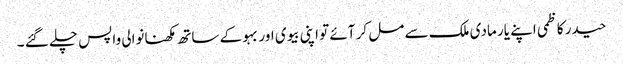
حیدر کاظمی اپنے یار مادی ملک سے مل کر آئے تو اپنی بیوی اور بہو کے ساتھ مکھنانوالی واپس چلے گئے ۔